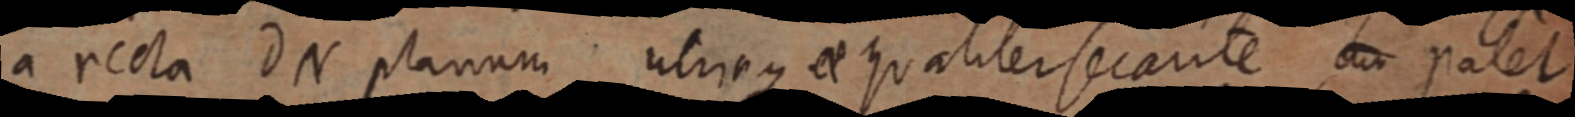
a recta DN planum utriaque et qualiter secante _ patet